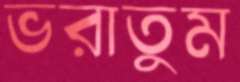
ভরাতুম